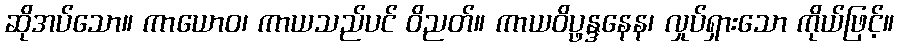
ဆိုအပ်သော။ ကာယောဝ၊ ကာယသည်ပင် ဝိညတ်။ ကာယဝိပ္ဖန္ဒနေန၊ လှုပ်ရှားသော ကိုယ်ဖြင့်။